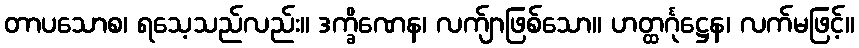
တာပသောစ၊ ရသေ့သည်လည်း။ ဒက္ခိဏေန၊ လက်ျာဖြစ်သော။ ဟတ္ထင်္ဂုဋ္ဌေန၊ လက်မဖြင့်။